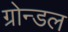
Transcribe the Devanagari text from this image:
ग्रोन्डल